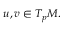
u , v \in T _ { p } M .